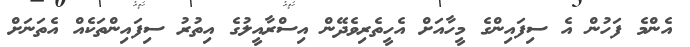
އެންމެ ފަހުން އެ ސިފައިންގެ މީހާއަށް އެހީތެރިވެދޭން އިސްރާއީލުގެ އިތުރު ސިފައިންތަކެއް އެތަނަށް